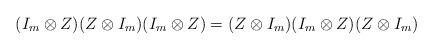
LaTeX: \begin{align*} (I_m \otimes Z) (Z \otimes I_m) (I_m \otimes Z)=(Z \otimes I_m) (I_m \otimes Z) (Z \otimes I_m) \end{align*}